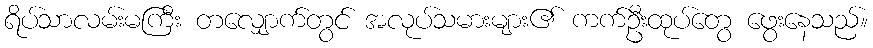
ရိပ်သာလမ်းမကြီး တလျှောက်တွင် အလုပ်သမားများ၏ ကက်ဦးထုပ်တွေ ဖွေးနေသည်။